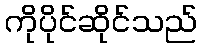
ကိုပိုင်ဆိုင်သည်